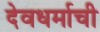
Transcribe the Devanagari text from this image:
देवधर्माची